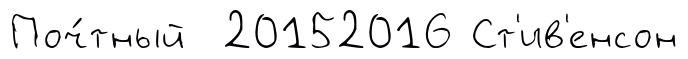
Поч́тный 20152016 Ст'ив'енсон